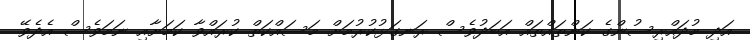
އަދި މުދައްރިސުންގެ ކަންތައްތައް އަބަދުވެސް ރަނގަޅުކުރުމަށް މަސައްކަތް ކުރައްވާ ކަމަށާއި ނަމަވެސް އެދެވޭ